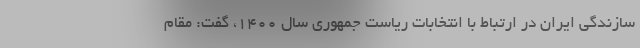
سازندگی ایران در ارتباط با انتخابات ریاست جمهوری سال ۱۴۰۰، گفت: مقام